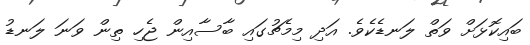
ބައިކޮޅަށް ވަތް ލަނޑެކެވެ. އަދި މިމެޗުގައި ބާސާއިން ޖެހި ތިން ވަނަ ލަނޑު